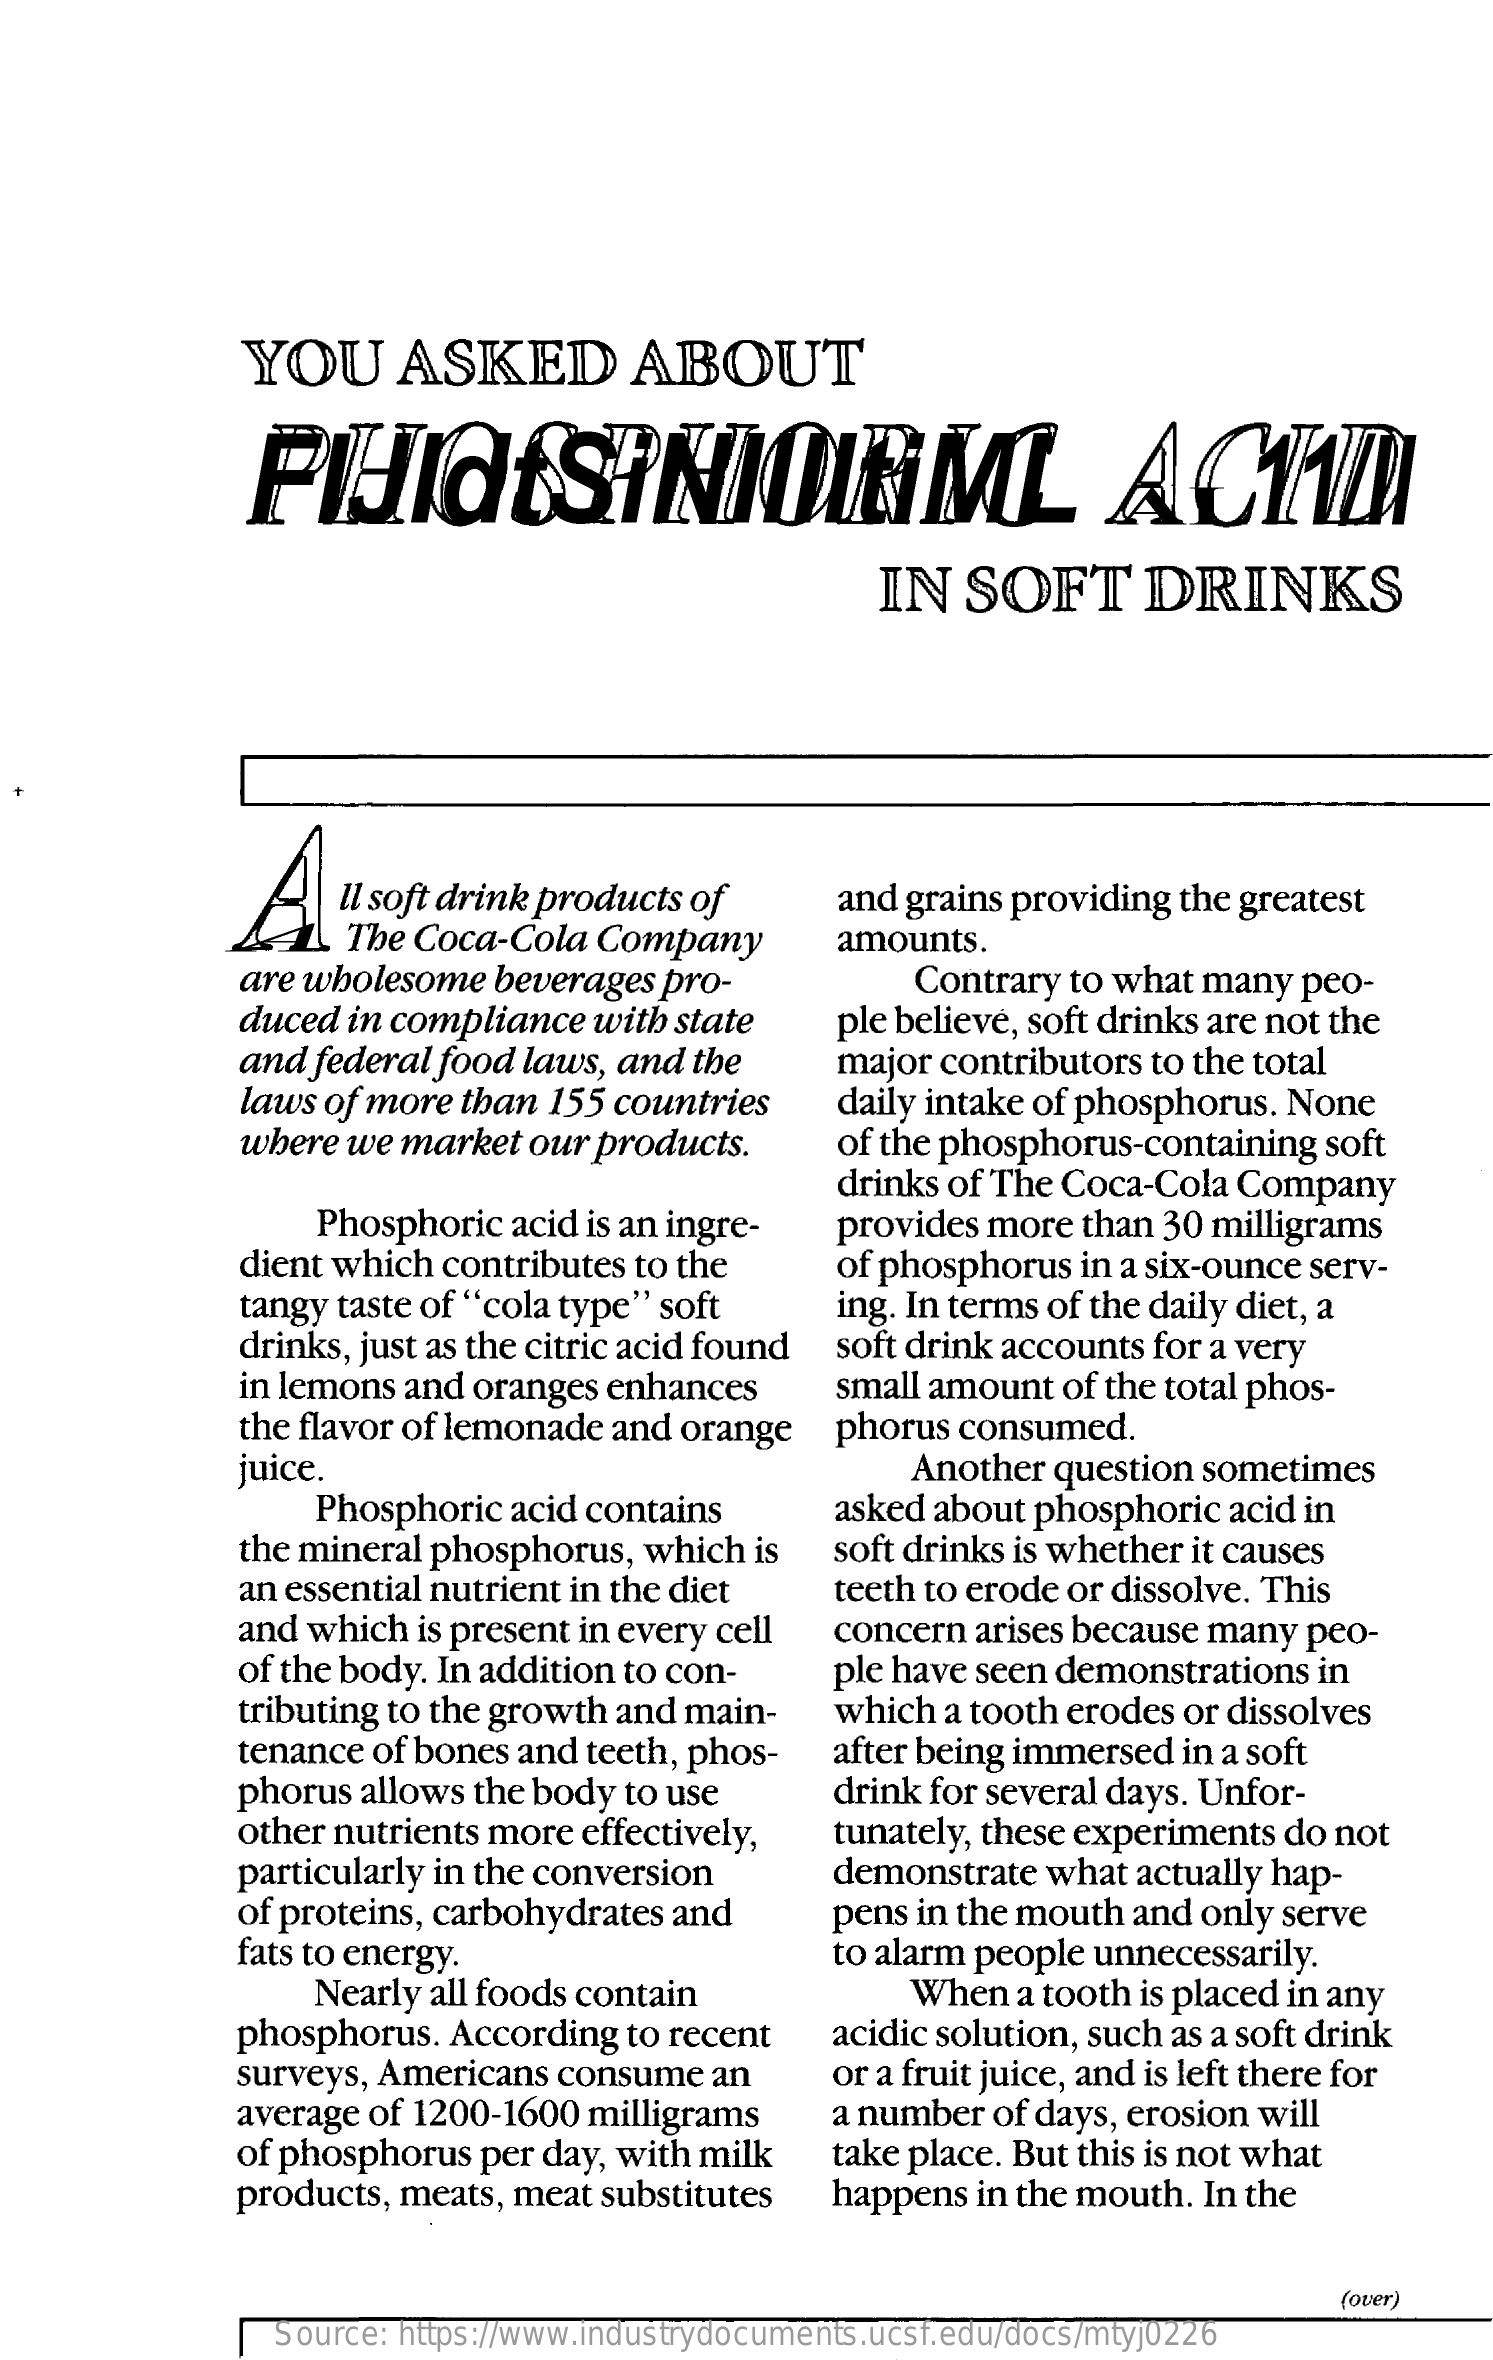
YOU    ASKED    ABOUT
     PHIGISINIOIML    ACTI
     IN   SOFT    DRINKS
     A    u  soft drink products of
     The  Coca-Cola  Company
     and grains providing the greatest
     amounts.
     are wholesome   beverages  pro-    Contrary to what many  peo-
     duced  in compliance  with state
     and  federal food laws, and the
     ple believe, soft drinks are not the
     laws of more  than 155 countries
     major contributors to the total
     daily intake of phosphorus. None
     where  we market  our products.    of the phosphorus-containing  soft
     Phosphoric  acid is an ingre-
     drinks of The Coca-Cola  Company
     provides  more  than 30 milligrams
     dient which  contributes to the
     tangy taste of "cola type" soft
     of phosphorus   in a six-ounce serv-
     drinks, just as the citric acid found
     ing. In terms of the daily diet, a
     soft drink accounts for a very
     in lemons and  oranges enhances    small amount   of the total phos-
     the flavor of lemonade and  orange   phorus  consumed.
     juice.
     Phosphoric  acid contains
     Another  question sometimes
     the mineral phosphorus,   which is
     asked about phosphoric  acid in
     soft drinks is whether it causes
     an essential nutrient in the diet    teeth to erode or dissolve. This
     and which  is present in every cell
     of the body. In addition to con-
     concern  arises because many  peo-
     ple have seen demonstrations   in
     tributing to the growth and main-    which  a tooth erodes or dissolves
     tenance of bones  and teeth, phos-
     phorus  allows the body to use
     after being immersed  in a soft
     drink for several days. Unfor-
     other nutrients more  effectively,
     particularly in the conversion
     tunately, these experiments do  not
     of proteins, carbohydrates and
     demonstrate   what actually hap-
     fats to energy.
     pens in the mouth  and only serve
     to alarm people unnecessarily.
     Nearly all foods contain    When   a tooth is placed in any
     phosphorus.  According  to recent    acidic solution, such as a soft drink
     surveys, Americans  consume   an
     average of 1200-1600  milligrams
     or a fruit juice, and is left there for
     of phosphorus  per day, with milk
     a number  of days, erosion will
     take place. But this is not what
     products, meats, meat  substitutes   happens  in the mouth. In the
     (over)
     Source: https://www.industrydocuments.ucsf.edu/docs/mtyj0226